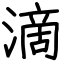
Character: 滴